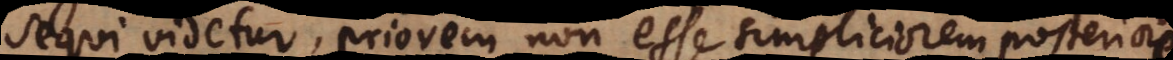
sequi videtur, priorem non esse simpliciorem posteriore